Supplement to the account of plague administration in the Bombay Presidency from September 1896 till May 1897
Year: 1896
Disease focus: Plague
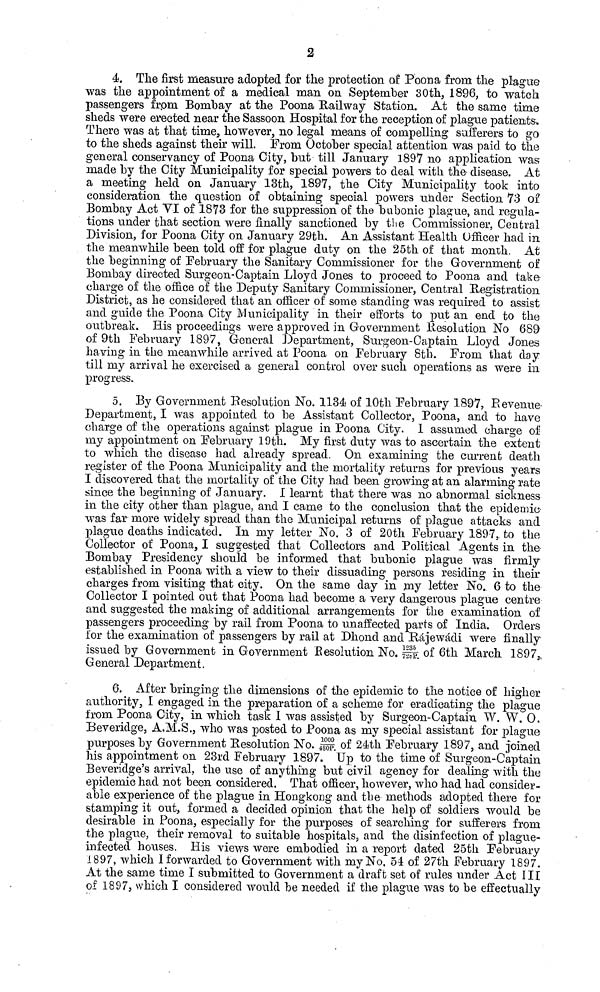
2
4. The first measure adopted for the protection of POOD a from the plague
was the appointment of a medical man on September 30th, 1896, to watch
passengers from Bombay at the Poona Railway Station. At the same time
sheds were erected near the Sassoon Hospital for the reception of plague patients·.
There was at that time, however, no legal means of compelling sufferers to go
to the sheds against their will. From October special attention was paid to the
general conservancy of Poona City, but till January 1897 no application was
made by the City Municipality for special powers to deal with the disease. At
a meeting held on January 13th, 1897, the City Municipality took into
consideration the question of obtaining special powers under Section 73 of
Bombay Act VI of 1873 for the suppression of the bubonic plague, and regula-
tions under that section were finally sanctioned by the Commissioner, Central
Division, for Poona City on January 29th. An Assistant Health Officer had in
the meanwhile been told off for plague duty on the 25th of that month. At
the beginning of February the Sanitary Commissioner for the Government of
Bombay directed Surgeon-Captain Lloyd Jones to proceed to Poona and take-
charge of the office of the Deputy Sanitary Commissioner, Central Registration
District, as he considered that an officer of some standing was required to assist
and guide the Poona City Municipality in their efforts to put an end to the
outbreak. His proceedings were approved in Government Resolution No 689
of 9th February 1897, General Department, Surgeon-Captain Lloyd Jones
having in the meanwhile arrived at Poona on February 8th. From that day
till my arrival he exercised a general control over such operations as were in
progress.
5. By Government Resolution No. 1134 of 10th February 1897, Pveveiiue-
Department, I was appointed to be Assistant Collector, Poona, and to have
charge of the operations against plague in Poona City. I assumed charge of
my appointment on February 19th. My first duty was to ascertain the extent
to which the disease had already spread. On examining the current death
register of the Poona Municipality and the mortality returns for previous years
I discovered that the mortality of the City had been growing at an alarming rate
since the beginning of January. I learnt that there was no abnormal sickness
in the city other than plague, and I came to the conclusion that the epidemic-
was far more widely spread than the Municipal returns of plague attacks and
plague deaths indicated. In my letter No. 3 of 20th February 1897, to the
Collector of Poona, I suggested that Collectors and Political Agents in the
Bombay Presidency should be informed that bubonic plague was firmly
established in Poona with a view to their dissuading persons residing in their
charges from visiting that city. On the same day in my letter No. 6 to the
Collector I pointed out that Poona had become a very dangerous plague centre
and suggested the making of additional arrangements for the examination of
passengers proceeding by rail from Poona to unaffected parts of India. Orders
for the examination of passengers by rail at Dhond and Rájewádi were finally
issued by Government in Government ßesolution No. 1235/728 of 6th March 1897,
General Department.
6. After bringing the dimensions of the epidemic to the notice of higher
authority, I engaged in the preparation of a scheme for eradicating the plague
from Poona City, in which task I was assisted by Surgeon-Captain W. W. 0.
Beveridge, A.M.S., who was posted to Poona as my special assistant for plague
purposes by Government Resolution No. 1000/480P of 24th February 1897, and joined
his appointment on 23rd February 1897. Up to the time of Surgeon-Captain
Beveridge's arrival, the use of anything but civil agency for dealing with the
epidemic had not been considered. That officer, however, who had had consider-
able experience of the plague in Hongkong and the methods adopted there for
stamping it out, formed a decided opinion that the help of soldiers would be
desirable in Poona, especially for the purposes of searching for sufferers from
the plague, their removal to suitable hospitals, and the disinfection of plague-
infected houses. His views were embodied in a report dated 25th February
1897, which I forwarded to Government with my No. 54 of 27th February 1897.
At the same time I submitted to Government a draft set of rules under Act III
oí 1897, which I considered would be needed if the plague was to be effectually